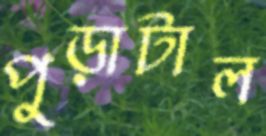
পুড়াটাল